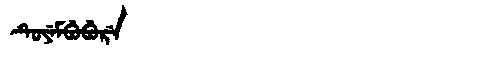
Manchu: ᡨᡠᠶᡝᠮᠪᡠᠪᡠᡵᡝ
Romanization: TUYEMBUBURE